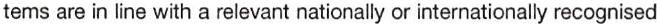
tems are in line with a relevant nationally or internationally recognised